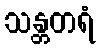
သန္တတရံ